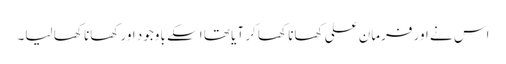
اس نے اور فرمان علی کھانا کھا کر آیا تھا اسکے باوجود اور کھانا کھا لیا۔